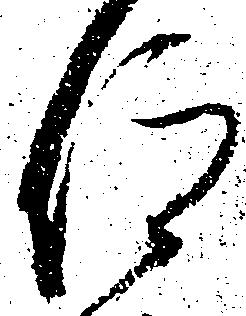
仰